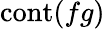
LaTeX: \operatorname{cont}(fg)